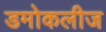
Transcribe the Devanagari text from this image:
डमोकलीज